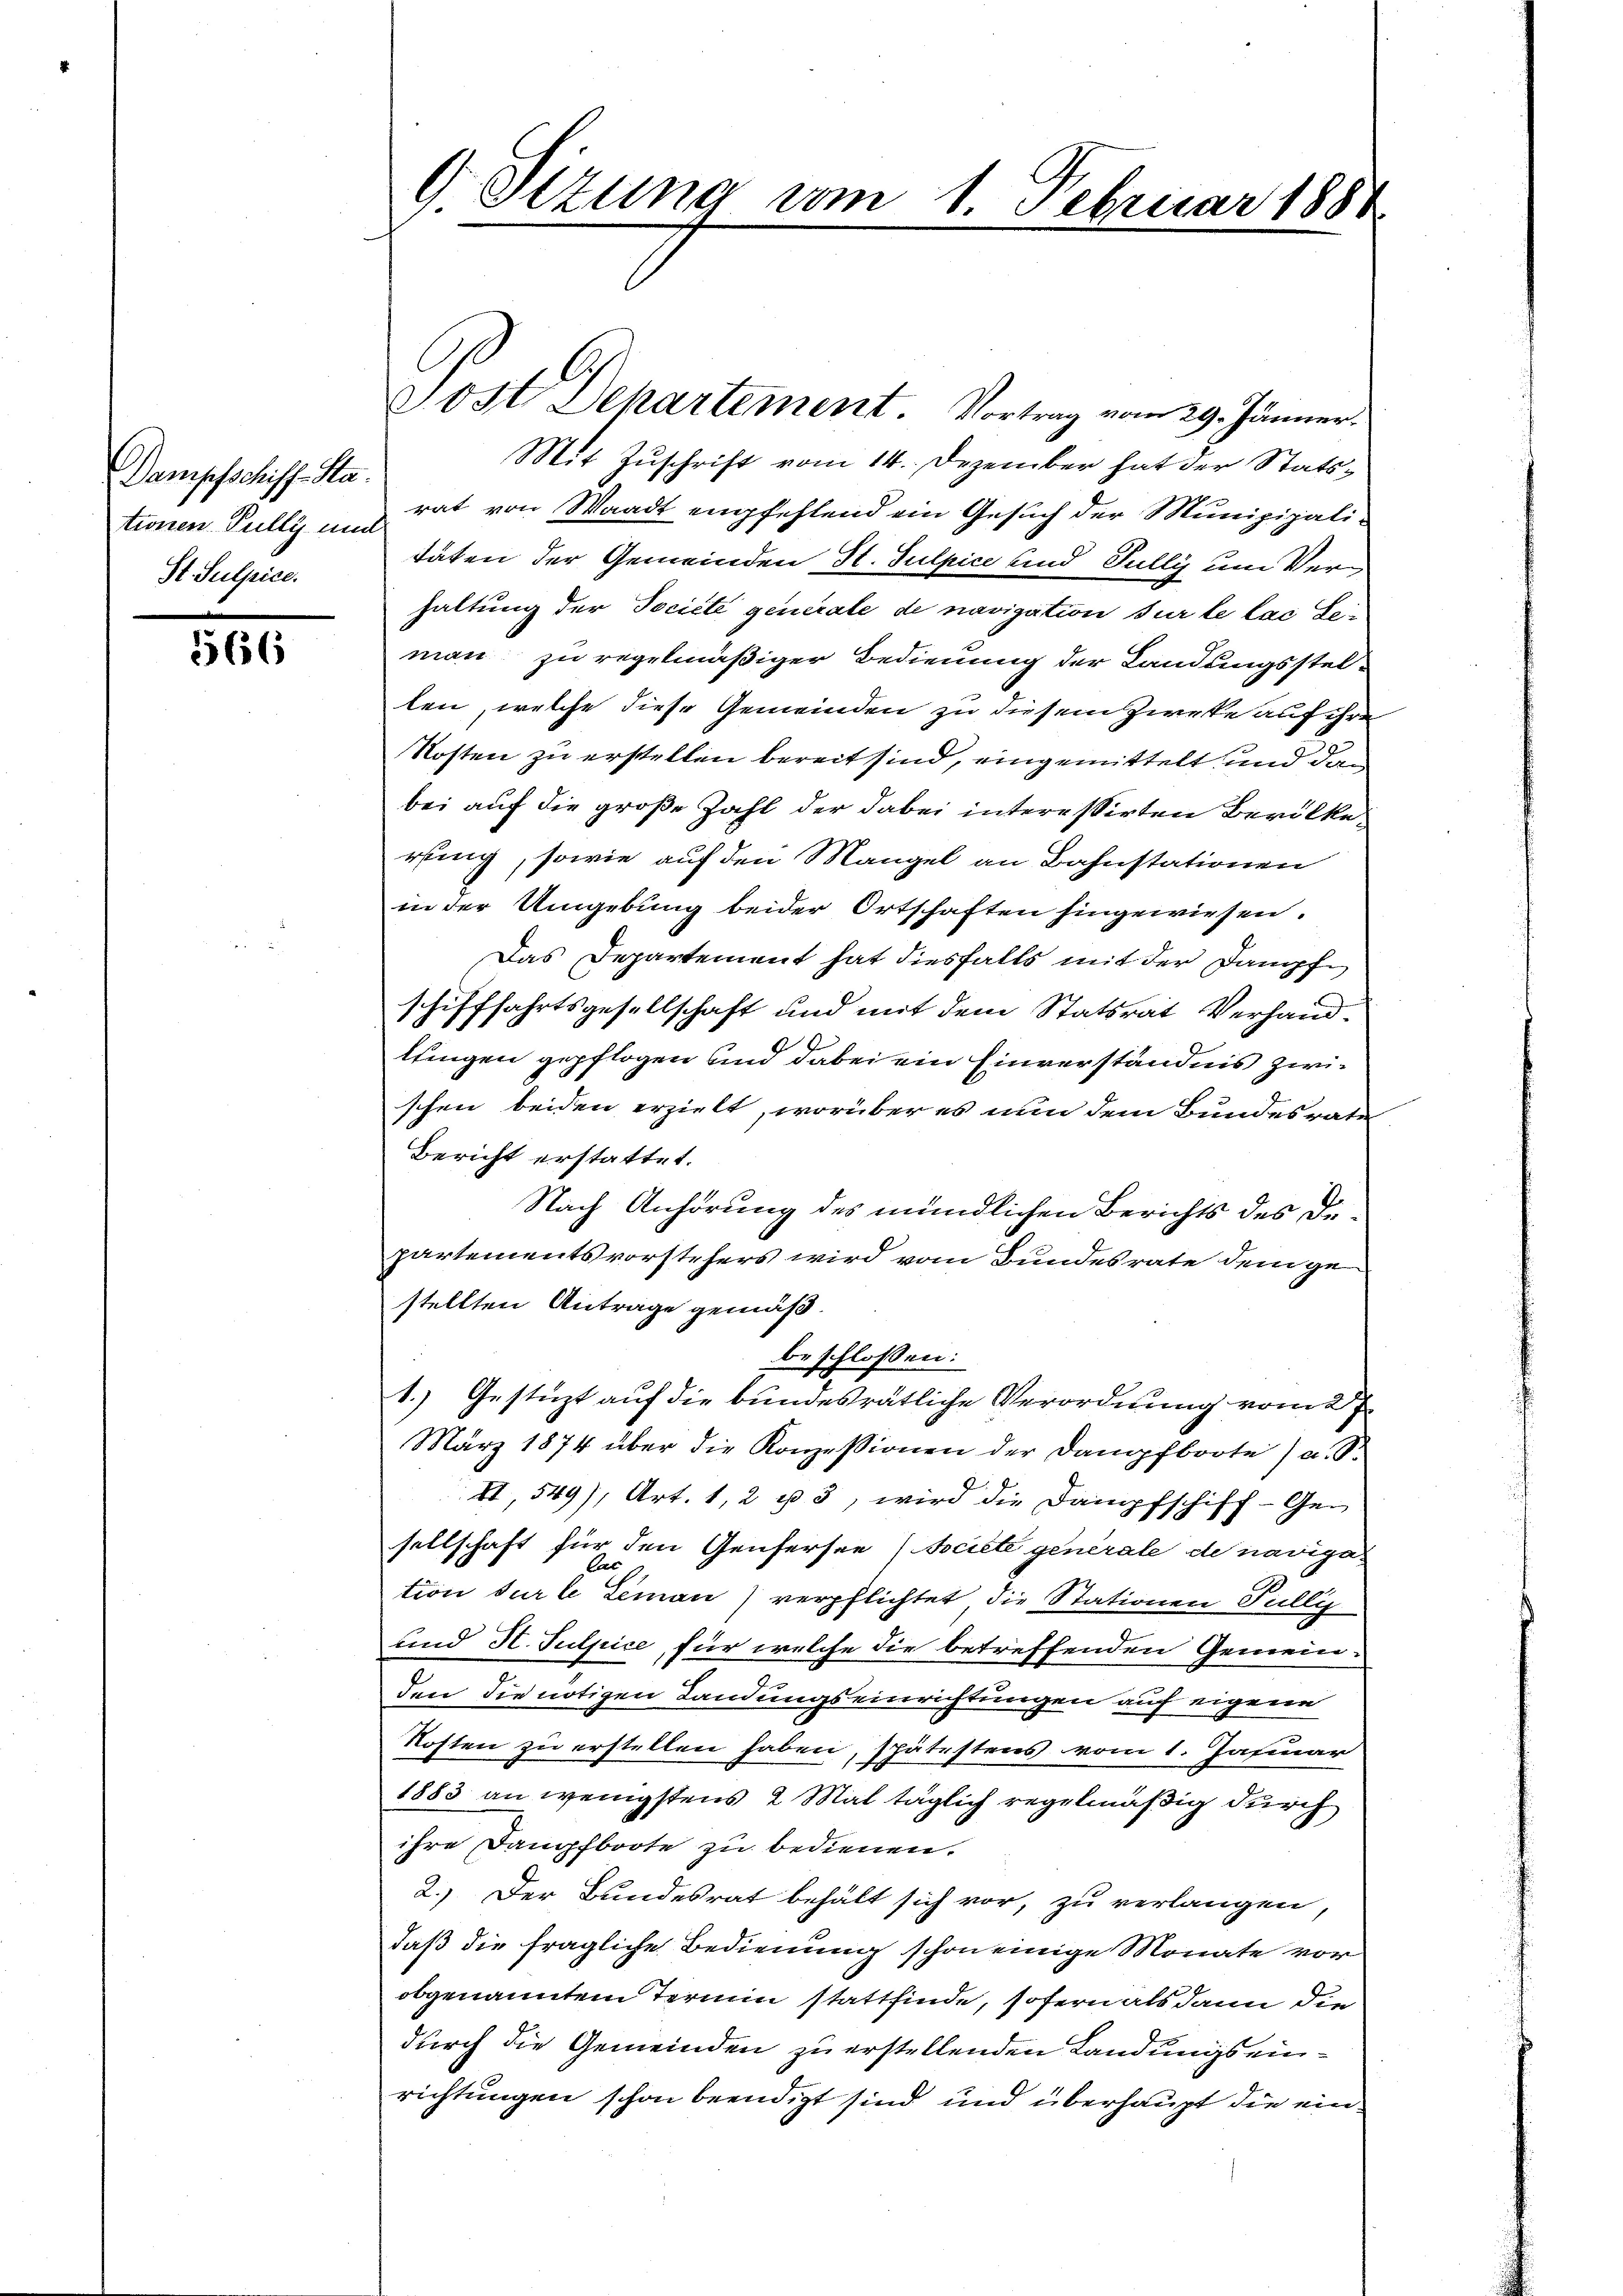
Dampfschiff-Sta.
tionen Pully und
St. Sulpice.

5566

Mit Zuschrift vom 14. Dezember hat der Statsrat von Waadt empfehlend ein Gesuch der Munizipalitäten der Gemeinden H. Sulpice und Jully um Verhaltung der Societe generale de navigation sur le lac Seman zu regelmäßiger Bedienung der Landungsstelten, welche diese Gemeinden zu diesem Zweke auf ihre
Kosten zu erstellen bereit sind, eingemittelt und dan
bei auf die große Zahl der dabei interessirten Bevölkerfung, sowie auf den Mangel an Bahnstationen
in der Umgebung beider Ortschaften hingewiesen.
Das Departement hat diesfalls mit der Dampfe
schifffahrtsgesellschaft und mit dem Statsrat Verhandttingen gepflogen und dabei ein Einverständnis zwischen beiden erzielt, worüber es nun dem Bundesrate
Bericht erstattet.
Nach Anhörung des mündlichen Berichts des Dipartementsvorstehers wird vom Bundesrate dem gestellten Antrage gemäß.
beschlossen:
1.) Gestüzt auf die bundesrätliche Verordnung vom 27.
März 1874 über die Konzessionen der Dampfboote) u. S.
II,549), Art. 1, 2 u 3, wird die Dampfschiff- Gen
sellschaft für den Genfersee (Societe generale de naviga¬
C
tion furle Leman) verpflichtet die Stationen Fully
und H. Sulpice, für welche die betreffenden Gemein-
den die nötigen Landungseinrichtungen auf eigene
Kosten zu erstellen haben, spätestens vom 1. Jasiuar
1883 an wenigstens 2 Mal täglich regelmäßig durch
ihre Dampfboote zu bedienen.
2.) Der Bundesrat behält sich vor, zu verlangen,
daß die fragliche Bedienung schon einige Monate vor
obgenanntem Termin stattfinde, sofern als dann die
durch die Gemeinden zu erstellenden Landungs einrichtungen schon beendigt sind und überhaupt die ein¬

9 Stzung vom 1. Februar 1884

Jost Departement. Vortrag vom 29. Jänner